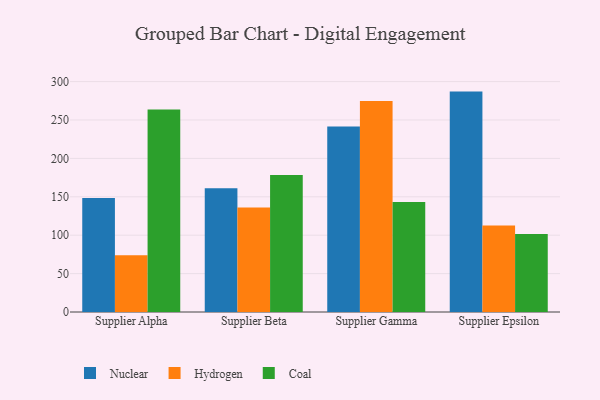
{"axis": {"x": "Supplier", "y": "Conversion Rate (%)"}, "legend": ["Coal", "Hydrogen", "Nuclear"], "data": [{"x": "Supplier Alpha", "y": 148.4, "type": "Nuclear"}, {"x": "Supplier Alpha", "y": 73.8, "type": "Hydrogen"}, {"x": "Supplier Alpha", "y": 263.8, "type": "Coal"}, {"x": "Supplier Beta", "y": 161.3, "type": "Nuclear"}, {"x": "Supplier Beta", "y": 136.1, "type": "Hydrogen"}, {"x": "Supplier Beta", "y": 178.5, "type": "Coal"}, {"x": "Supplier Gamma", "y": 241.7, "type": "Nuclear"}, {"x": "Supplier Gamma", "y": 274.7, "type": "Hydrogen"}, {"x": "Supplier Gamma", "y": 143.1, "type": "Coal"}, {"x": "Supplier Epsilon", "y": 287.0, "type": "Nuclear"}, {"x": "Supplier Epsilon", "y": 112.5, "type": "Hydrogen"}, {"x": "Supplier Epsilon", "y": 101.6, "type": "Coal"}]}